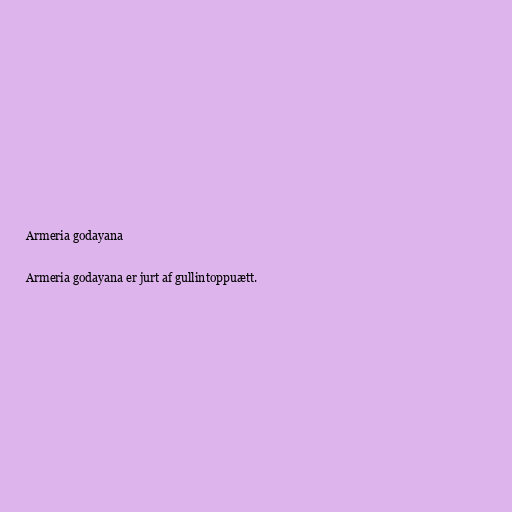
Armeria godayana

Armeria godayana er jurt af gullintoppuætt.